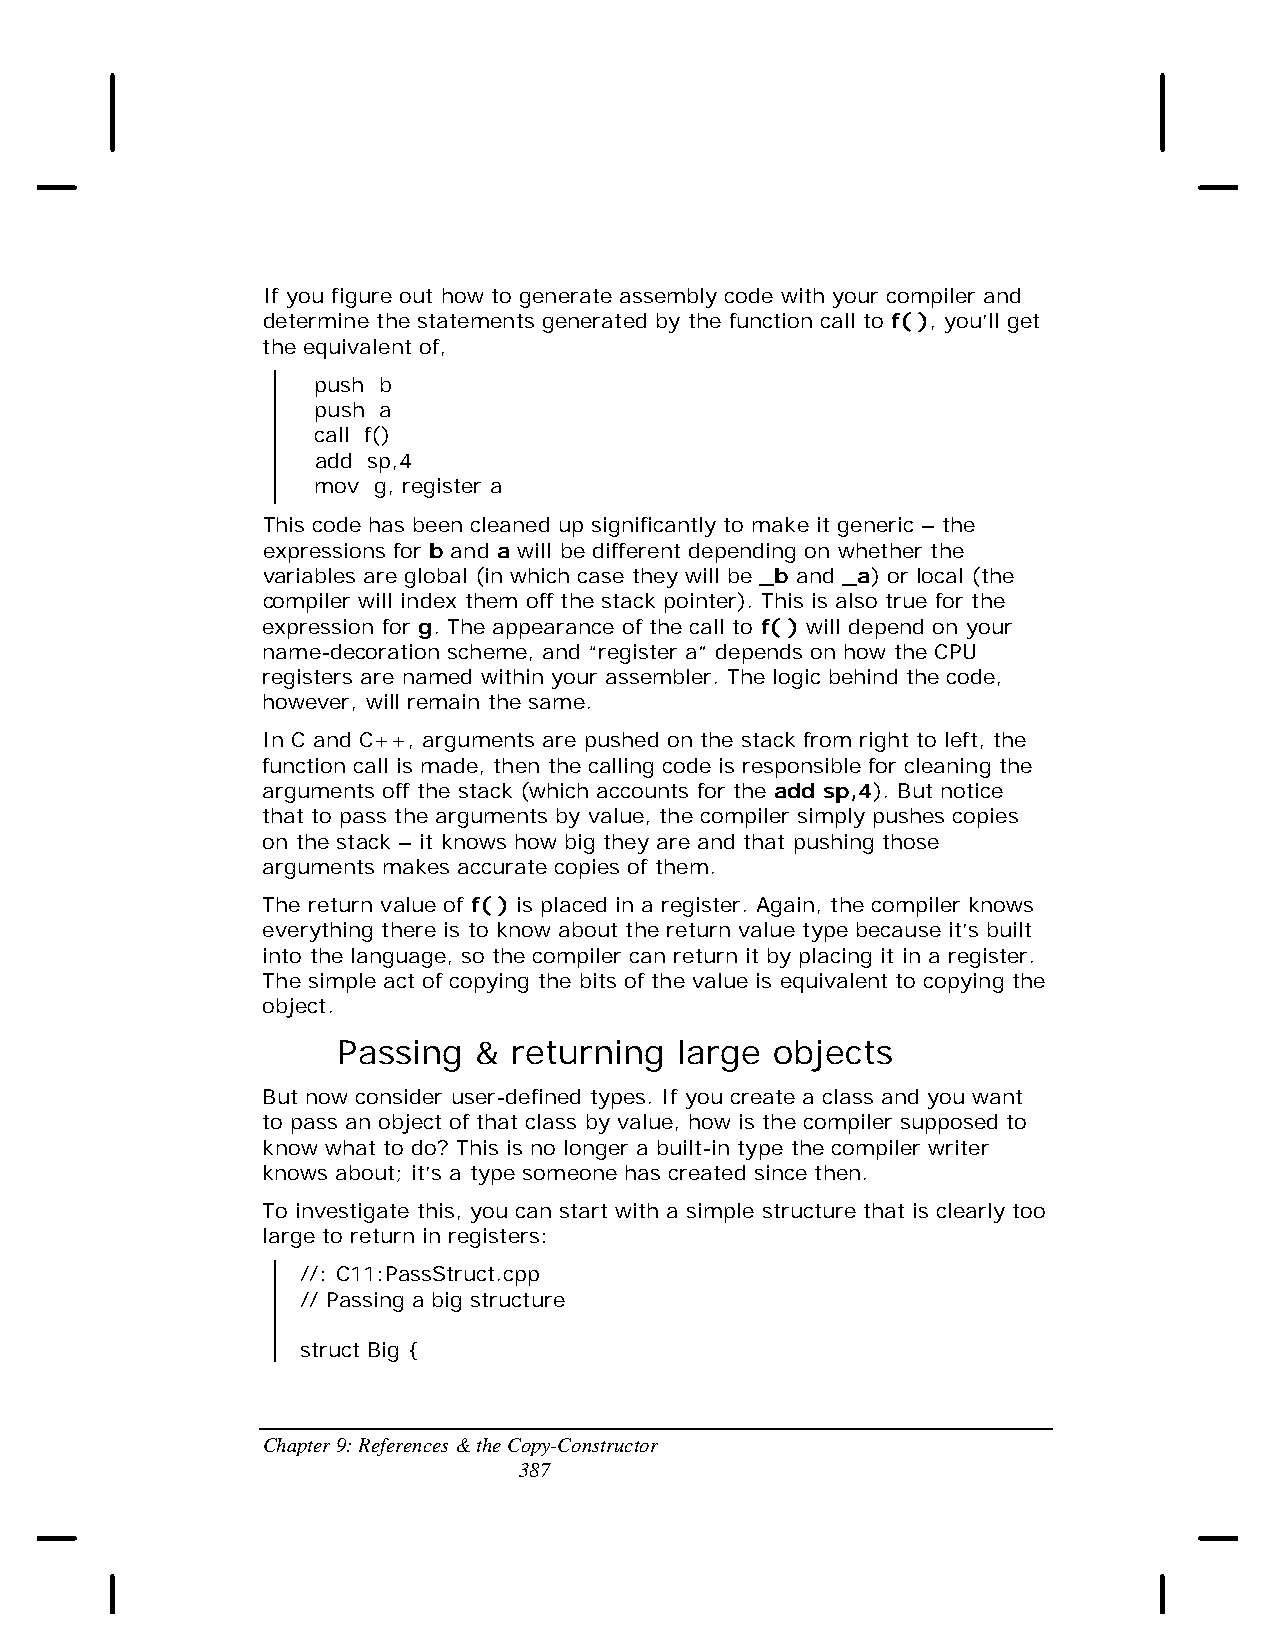
If you figure out how to generate assembly code with your compiler and
 determine the statements generated by the function call to f( ), you’ll get
 the equivalent of,
 push b
 push a
 call f()
 add sp,4
 mov g, register a
 This code has been cleaned up significantly to make it generic – the
 expressions for b and a will be different depending on whether the
 variables are global (in which case they will be _b and _a) or local (the
 compiler will index them off the stack pointer). This is also true for the
 expression for g. The appearance of the call to f( ) will depend on your
 name-decoration scheme, and “register a” depends on how the CPU
 registers are named within your assembler. The logic behind the code,
 however, will remain the same.
 In C and C++, arguments are pushed on the stack from right to left, the
 function call is made, then the calling code is responsible for cleaning the
 arguments off the stack (which accounts for the add sp,4). But notice
 that to pass the arguments by value, the compiler simply pushes copies
 on the stack – it knows how big they are and that pushing those
 arguments makes accurate copies of them.
 The return value of f( ) is placed in a register. Again, the compiler knows
 everything there is to know about the return value type because it’s built
 into the language, so the compiler can return it by placing it in a register.
 The simple act of copying the bits of the value is equivalent to copying the
 object.
 Passing  &  returning  large objects
 But now consider user-defined types. If you create a class and you want
 to pass an object of that class by value, how is the compiler supposed to
 know what to do? This is no longer a built-in type the compiler writer
 knows about; it’s a type someone has created since then.
 To investigate this, you can start with a simple structure that is clearly too
 large to return in registers:
 //: C11:PassStruct.cpp
 // Passing a big structure
 struct Big {
 Chapter 9: References & the Copy-Constructor
 387